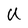
Character: U